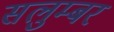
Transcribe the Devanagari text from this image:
सलुम्‍बर